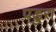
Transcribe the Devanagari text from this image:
पडुरा